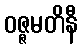
ဝဇ္ဇမတိနီ